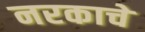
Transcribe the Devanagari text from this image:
नरकाचे